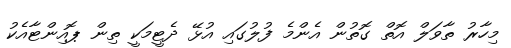
މިހާރު ތާވަލް އޮތް ގޮތުން އެންމެ ފުލުގައި އުޅޭ ދެޓީމަކީ ތިން ޕޮއިންޓާއެކު